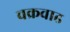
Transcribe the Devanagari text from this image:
चक्रवाढ